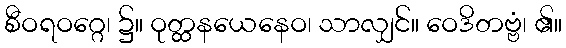
စီဝရဝဂ္ဂေ၊ ၌။ ဝုတ္ထနယေနေဝ၊ သာလျှင်။ ဝေဒိတဗ္ဗံ၊ ၏။